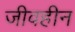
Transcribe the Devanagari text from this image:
जीवहीन